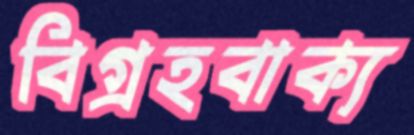
বিগ্রহবাক্য